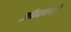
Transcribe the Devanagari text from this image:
जीवनचर्या।